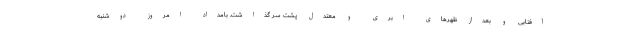
آفتابی و بعداز ظهرهای ابری و معتدل پشت سر گذاشت. بامداد امروز دوشنبه